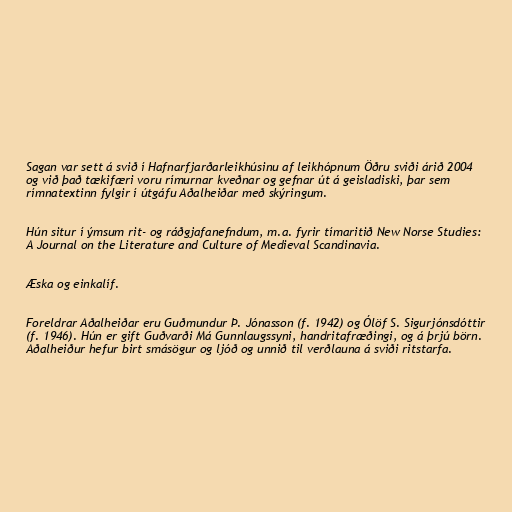
Sagan var sett á svið í Hafnarfjarðarleikhúsinu af leikhópnum Öðru sviði árið 2004
og við það tækifæri voru rímurnar kveðnar og gefnar út á geisladiski, þar sem
rímnatextinn fylgir í útgáfu Aðalheiðar með skýringum.

Hún situr í ýmsum rit- og ráðgjafanefndum, m.a. fyrir tímaritið New Norse Studies:
A Journal on the Literature and Culture of Medieval Scandinavia.

Æska og einkalíf.

Foreldrar Aðalheiðar eru Guðmundur Þ. Jónasson (f. 1942) og Ólöf S. Sigurjónsdóttir
(f. 1946). Hún er gift Guðvarði Má Gunnlaugssyni, handritafræðingi, og á þrjú börn.
Aðalheiður hefur birt smásögur og ljóð og unnið til verðlauna á sviði ritstarfa.